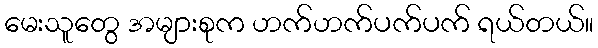
မေးသူတွေ အများစုက ဟက်ဟက်ပက်ပက် ရယ်တယ်။